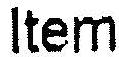
ITEM